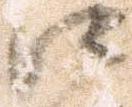
江